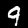
Digit: 9